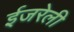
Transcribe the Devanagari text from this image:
ईजरेली